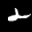
Label: 2